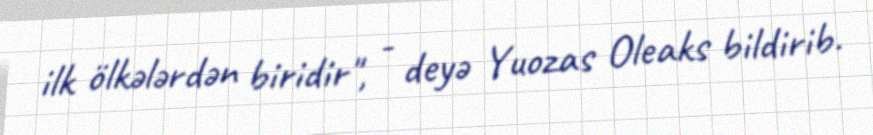
ilk ölkələrdən biridir", - deyə Yuozas Oleaks bildirib.